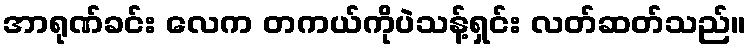
အာရုဏ်ခင်း လေက တကယ်ကိုပဲသန့်ရှင်း လတ်ဆတ်သည်။